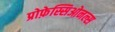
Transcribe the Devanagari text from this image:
प्रोफ़ेस्सिओनल्स